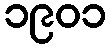
၁၉၀၁